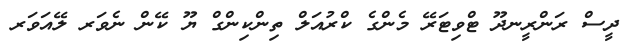
ދީސް ރަންރީނދޫ ޓްވިޓަރޭ މެންގެ ކްރުއަލް ތިންކިންގް ޔޫ ކޭން ނެވަރ ލޭއަވަރ